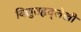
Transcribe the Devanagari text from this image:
विद्युतहृद्‌लेखी